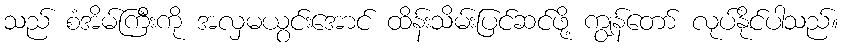
သည် စံအိမ်ကြီးကို အလှမယွင်းအောင် ထိန်းသိမ်းပြင်ဆင်ဖို့ ကျွန်တော် လုပ်နိုင်ပါသည်။